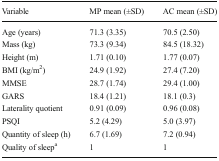
<table><thead><tr><td><b>Variable</b></td><td><b>MP mean (±SD)</b></td><td><b>AC mean (±SD)</b></td></tr></thead><tbody><tr><td>Age (years)</td><td>71.3 (3.35)</td><td>70.5 (2.50)</td></tr><tr><td>Mass (kg)</td><td>73.3 (9.34)</td><td>84.5 (18.32)</td></tr><tr><td>Height (m)</td><td>1.71 (0.10)</td><td>1.77 (0.07)</td></tr><tr><td>BMI (kg/m<sup>2</sup>)</td><td>24.9 (1.92)</td><td>27.4 (7.20)</td></tr><tr><td>MMSE</td><td>28.7 (1.74)</td><td>29.4 (1.00)</td></tr><tr><td>GARS</td><td>18.4 (1.21)</td><td>18.1 (0.3)</td></tr><tr><td>Laterality quotient</td><td>0.91 (0.09)</td><td>0.96 (0.08)</td></tr><tr><td>PSQI</td><td>5.2 (4.29)</td><td>5.0 (3.97)</td></tr><tr><td>Quantity of sleep (h)</td><td>6.7 (1.69)</td><td>7.2 (0.94)</td></tr><tr><td>Quality of sleep<sup>a</sup></td><td>1</td><td>1</td></tr></tbody></table>